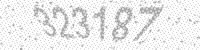
Solution: 323187